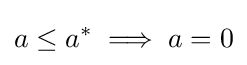
a\leq a^{*}\implies a=0